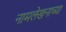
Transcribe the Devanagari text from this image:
नामलेखनाच्या